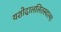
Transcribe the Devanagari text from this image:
यशोदाललितस्वात्मा